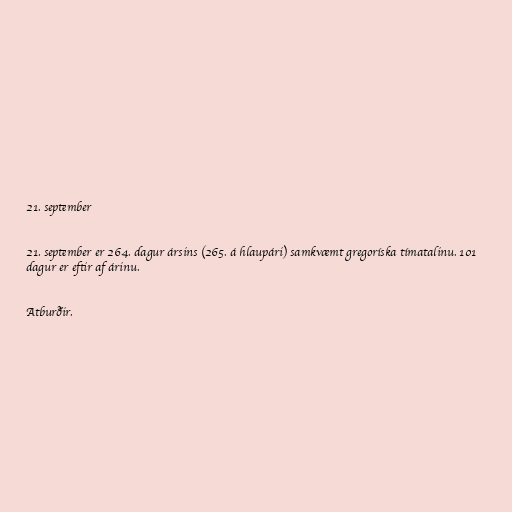
21. september

21. september er 264. dagur ársins (265. á hlaupári) samkvæmt gregoríska tímatalinu. 101
dagur er eftir af árinu.

Atburðir.